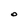
Character: O